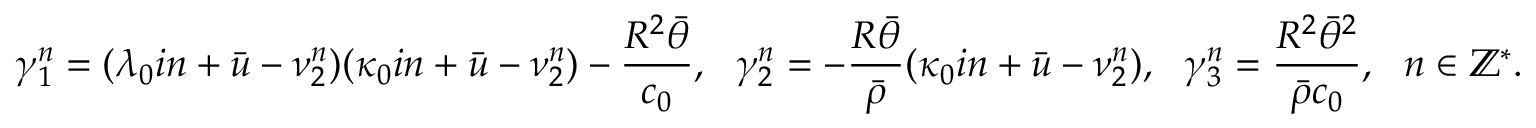
\gamma _ { 1 } ^ { n } = ( \lambda _ { 0 } i n + \bar { u } - \nu _ { 2 } ^ { n } ) ( \kappa _ { 0 } i n + \bar { u } - \nu _ { 2 } ^ { n } ) - \frac { R ^ { 2 } \bar { \theta } } { c _ { 0 } } , \ \ \gamma _ { 2 } ^ { n } = - \frac { R \bar { \theta } } { \bar { \rho } } ( \kappa _ { 0 } i n + \bar { u } - \nu _ { 2 } ^ { n } ) , \ \ \gamma _ { 3 } ^ { n } = \frac { R ^ { 2 } \bar { \theta } ^ { 2 } } { \bar { \rho } c _ { 0 } } , \ \ n \in \mathbb { Z } ^ { * } .